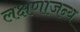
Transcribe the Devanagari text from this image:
लक्षणाजन्य